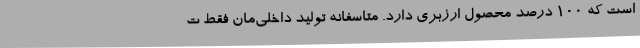
است که ۱۰۰ درصد محصول ارزبری دارد. متاسفانه تولید داخلی‌مان فقط ت